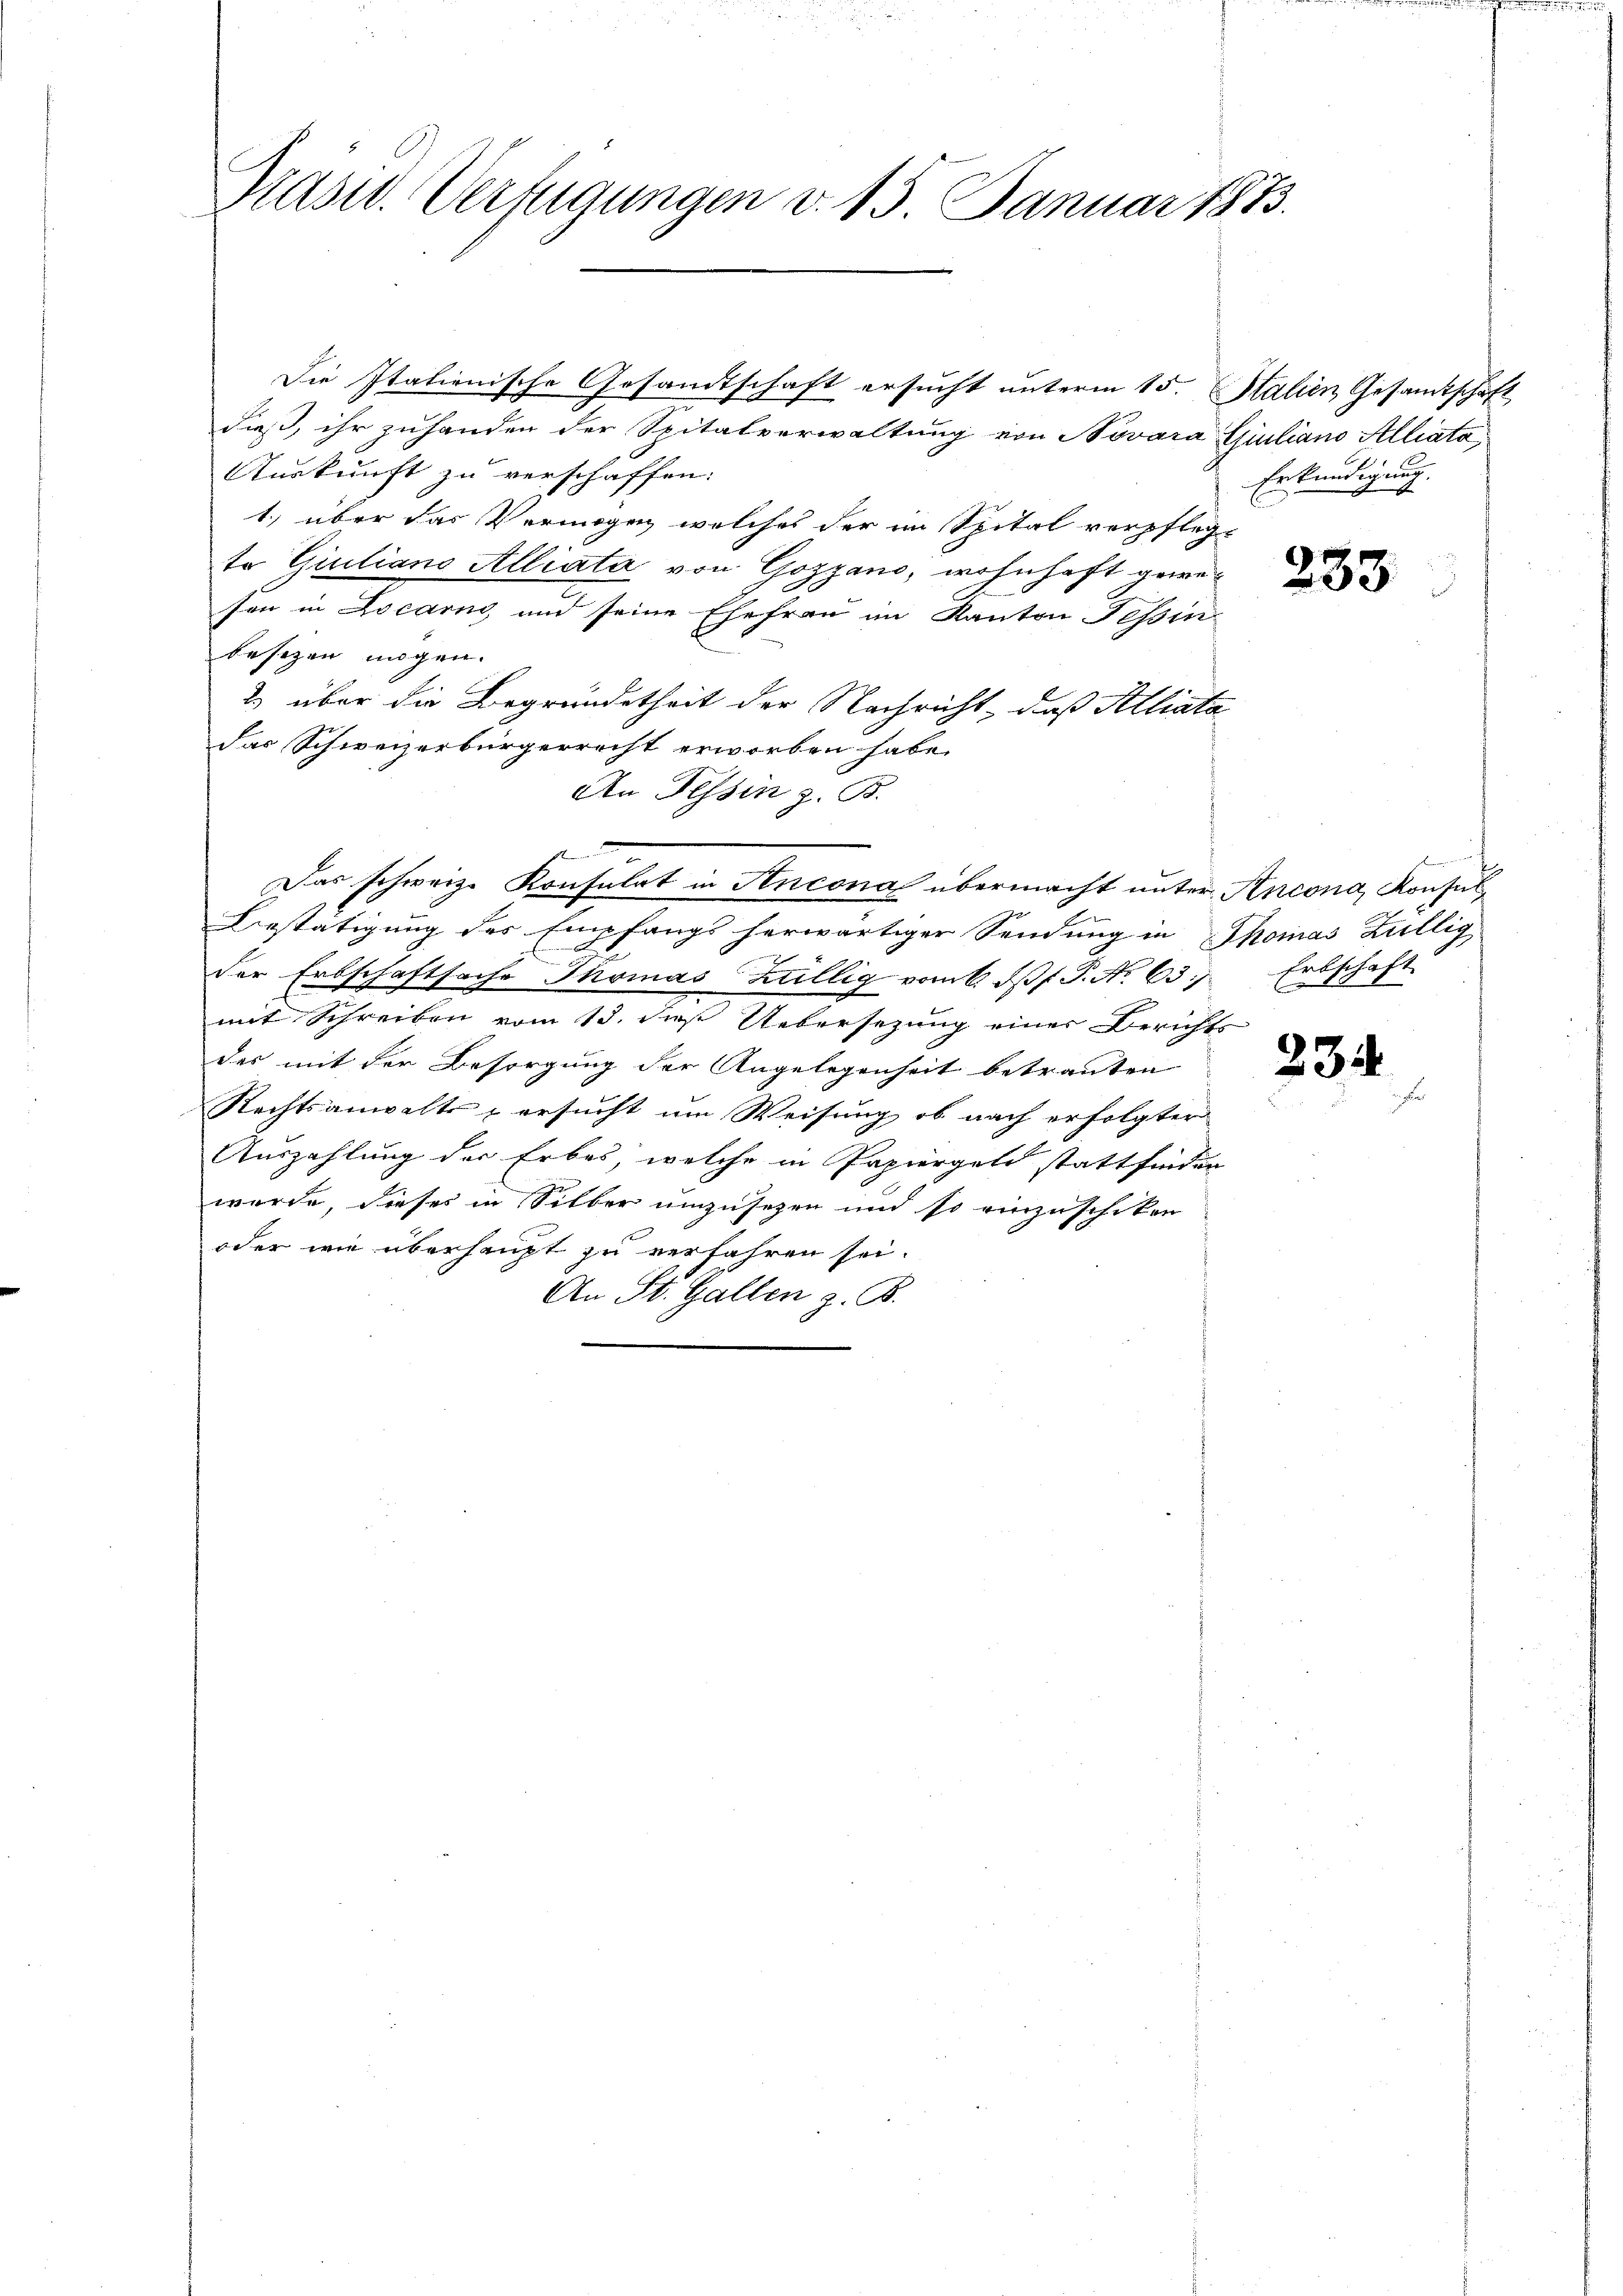
Präsid. Verfügungen v. 15. Januar 1873.

Die Italienische Gesandtschaft ersucht unterm 15. Stalien Gesamtschaft
daß, ihr zuhanden der Spitalverwaltung von Novara Giuliano Alliata
Auskunft zu verschaffen.
1) über das Vermögen welches der im Spital verpfleg-
te Giuliano Alliata von Gozzano, wohnhaft gewesen in Locarno, und seine Ehefrau im Kanton Tessin
besizen mögen.
2 über die Begründetheit der Nachricht, daß Alliata
das Schweizerbürgerrecht erworben habe.
An Tessin z. B.
Das schweiz. Konsulat in Ancona übermacht unter Ancona, Konful¬
Bestätigung des Empfangs herwärtiger Sendung in Thomas Züllig
der Erbschaftsache Thomas Züllig vom 6. dβ. P. Nr. 63. Erbschaf-
mit Schreiben vom 13. daß Uebersezung einer Berichts
des mit der Besorgung der Angelegenheit betrauten
Rechtsanwalts - ersucht um Weisung, ob nach erfolgter
Auszahlung der Erbes, welche in Papiergeld stattfinden
wurde, dieses in Silber umzusehen und so einzuschiken
oder wie überhaupt zu verfahren sei.
An St. Gallen z. B.

Erkundigung.

233.

E
4

234.